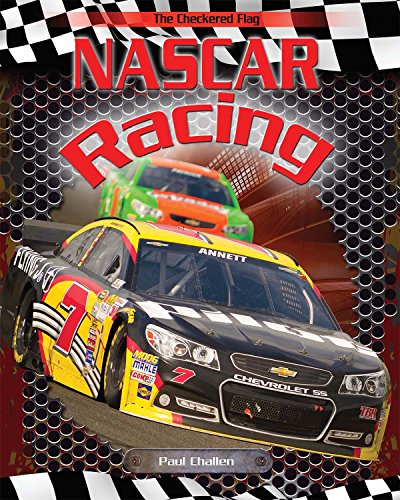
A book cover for Nascar Racing (The Checkered Flag); Paul Challen; Children's Books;